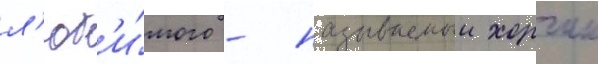
л'юб'и́мого - называемыи хорчик